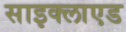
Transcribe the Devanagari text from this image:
साइक्लाएड